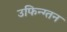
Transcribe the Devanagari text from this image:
उफिन्ग्तन